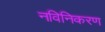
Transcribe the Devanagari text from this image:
नविनिकरण